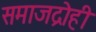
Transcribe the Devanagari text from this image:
समाजद्रोही